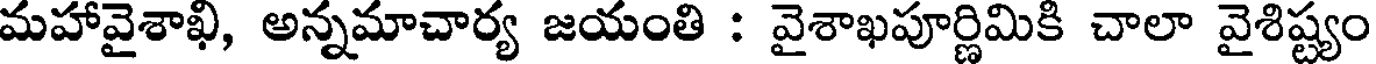
మహావైశాఖి, అన్నమాచార్య జయంతి : వైశాఖపూర్ణిమికి చాలా వైశిష్ట్యం